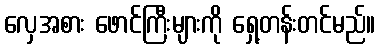
လှေအစား ဖောင်ကြီးများကို ရှေ့တန်းတင်မည်။